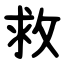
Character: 救